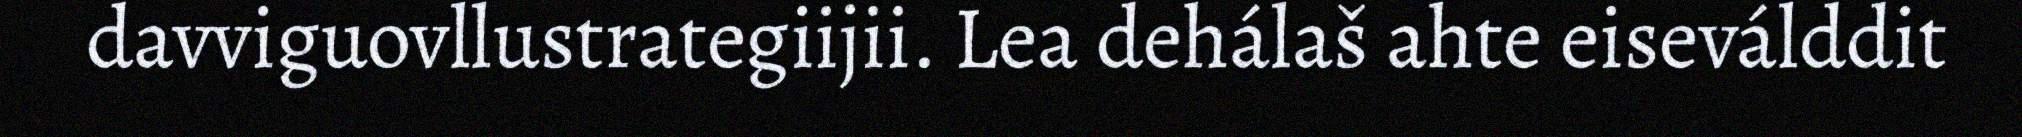
davviguovllustrategiijii. Lea dehálaš ahte eiseválddit